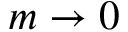
m \rightarrow 0